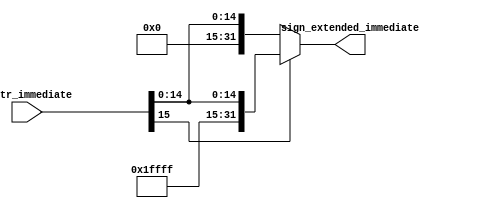
`timescale 1ns / 1ps
//////////////////////////////////////////////////////////////////////////////////
// Company: 
// Engineer: 
// 
// Design Name: 
// Module Name: signext
// Project Name: 
// Target Devices: 
// Tool Versions: 
// Description: 
// 
// Dependencies: 
// 
// Revision:
// Revision 0.01 - File Created
// Additional Comments:
// 
//////////////////////////////////////////////////////////////////////////////////


module signext  (
    input [15:0] instr_immediate,
    output reg [31:0] sign_extended_immediate
);

    always @* begin
    if (instr_immediate[15] == 1'b0) begin
        sign_extended_immediate = {16'b0, instr_immediate};
        end else begin
        sign_extended_immediate = {16'b1111111111111111, instr_immediate};
        end
    end

endmodule